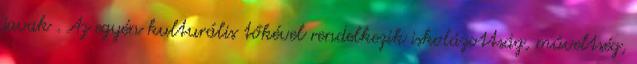
javak . Az egyén kulturális tőkével rendelkezik iskolázottság, műveltség,